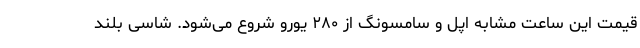
قیمت این ساعت‌ مشابه اپل و سامسونگ از ۲۸۰ یورو شروع می‌شود. شاسی بلند